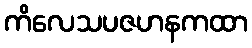
ကိလေသပဇဟနကထာ